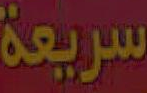
سريعة